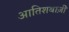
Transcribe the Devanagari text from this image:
आतिशबाज़ीे